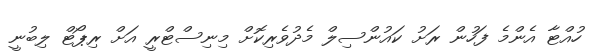
ހުއްޓާ އެންމެ ފަހުން ރަށު ކައުންސިލް މެދުވެރިކޮށް މިނިސްޓްރީ އަށް ރިޕޯޓް ލިބުނީ